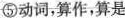
⑤动词，算作，算是